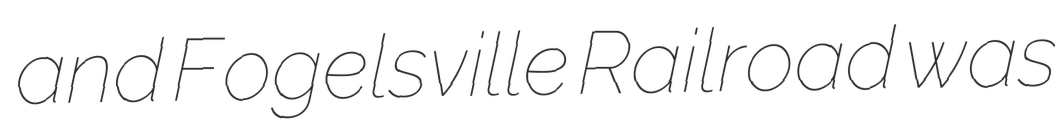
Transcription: and Fogelsville Railroad was